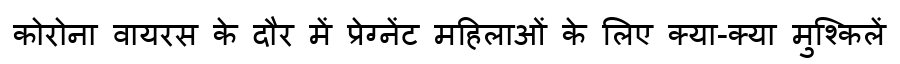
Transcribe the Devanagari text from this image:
कोरोना वायरस के दौर में प्रेग्नेंट महिलाओं के लिए क्या-क्या मुश्किलें